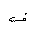
Letter: _qaf